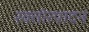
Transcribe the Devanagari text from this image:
रक्तोत्पादन